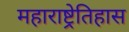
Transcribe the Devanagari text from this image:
महाराष्ट्रेतिहास